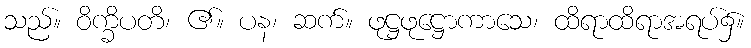
သည်။ ဝိက္ခိပတိ၊ ၏။ ပန၊ ဆက်။ ဖုဋ္ဌဖုဋ္ဌောကာသေ၊ ထိရာထိရာအရပ်၌။